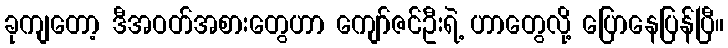
ခုကျတော့ ဒီအဝတ်အစားတွေဟာ ကျော်ဇင်ဦးရဲ့ ဟာတွေလို့ ပြောနေပြန်ပြီ။